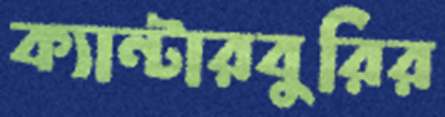
ক্যান্টারবুরির